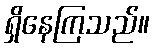
ရှိနေကြသည်။